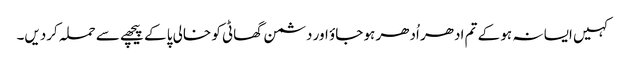
کہیں ایسا نہ ہو کے تم ادھر اُدھر ہو جاؤ اور دشمن گھاٹی کو خالی پا کے پیچھے سے حملہ کردیں۔